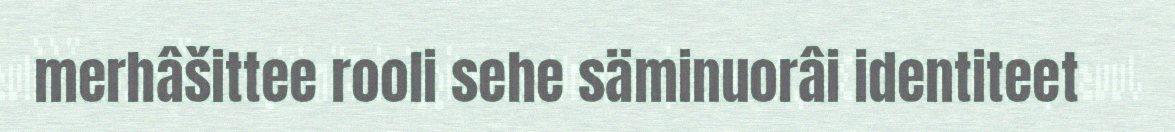
merhâšittee rooli sehe säminuorâi identiteet